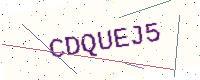
Text: CDQUEJ5